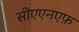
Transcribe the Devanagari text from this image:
सीएएनएफ़